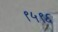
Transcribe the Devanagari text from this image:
९५९६